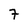
Character: 7